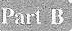
Part B